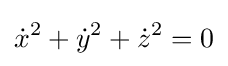
{\dot {x}}^{2}+{\dot {y}}^{2}+{\dot {z}}^{2}=0